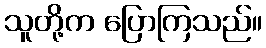
သူတို့က ပြောကြသည်။